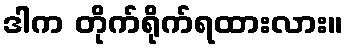
ဒါက တိုက်ရိုက်ရထားလား။